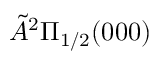
\tilde { A } { } ^ { 2 } \Pi _ { 1 / 2 } ( 0 0 0 )